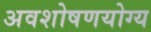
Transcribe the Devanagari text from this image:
अवशोषणयोग्य